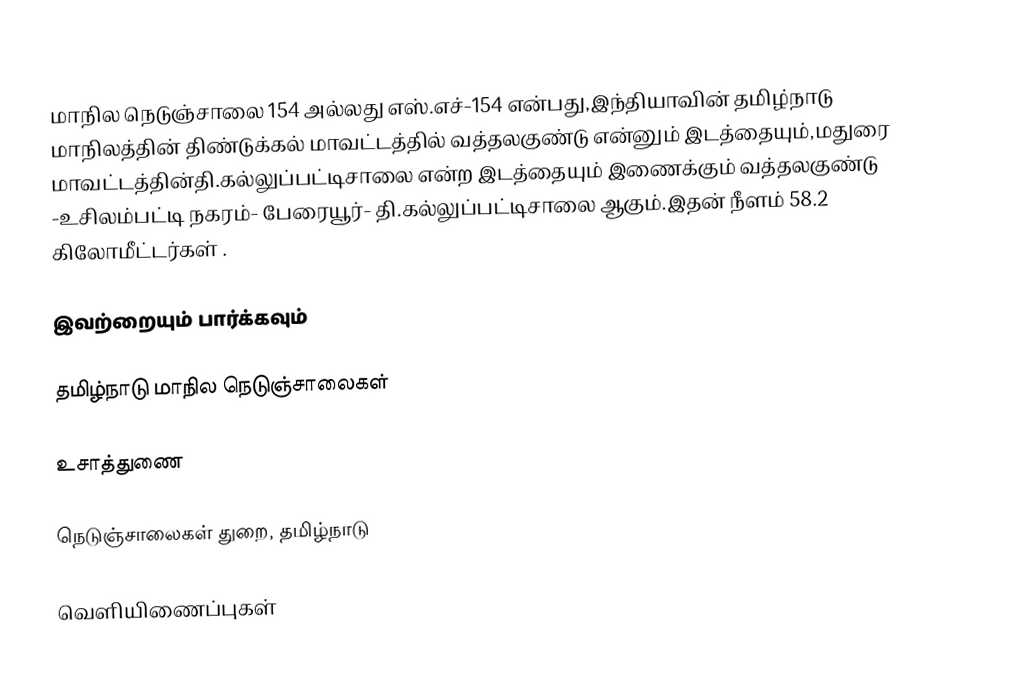
மாநில நெடுஞ்சாலை 154 அல்லது எஸ்.எச்-154 என்பது,இந்தியாவின் தமிழ்நாடு மாநிலத்தின் திண்டுக்கல் மாவட்டத்தில் வத்தலகுண்டு என்னும் இடத்தையும்,மதுரை மாவட்டத்தின்தி.கல்லுப்பட்டிசாலை என்ற இடத்தையும் இணைக்கும் வத்தலகுண்டு -உசிலம்பட்டி நகரம்- பேரையூர்- தி.கல்லுப்பட்டிசாலை ஆகும்.இதன் நீளம் 58.2 கிலோமீட்டர்கள் .

இவற்றையும் பார்க்கவும்

 தமிழ்நாடு மாநில நெடுஞ்சாலைகள்

உசாத்துணை

 நெடுஞ்சாலைகள் துறை, தமிழ்நாடு

வெளியிணைப்புகள்